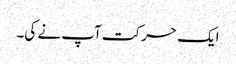
ایک حرکت آپ نے کی۔